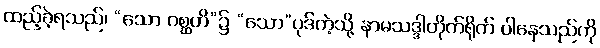
ထည့်ခဲ့ရသည်၊ “သော ဂစ္ဆတိ”၌ “သော”ပုဒ်ကဲ့သို့ နာမသဒ္ဒါတိုက်ရိုက် ပါနေသည်ကို